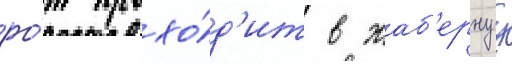
ро́т прохо́д'ит в жаб'ернуу